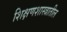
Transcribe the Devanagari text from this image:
शिक्षणशास्त्रातील